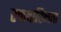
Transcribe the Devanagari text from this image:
रक्तवाहिनता